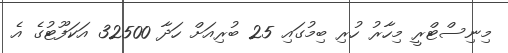
މިނިސްޓްރީ މިހާރު ހުރި ބިމުގައި 25 ބުރިއަށް ހަދާ 32500 އަކަފޫޓުގެ އެ